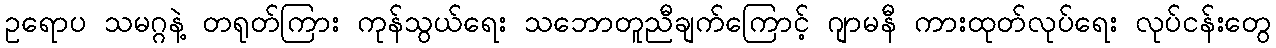
ဥရောပ သမဂ္ဂနဲ့ တရုတ်ကြား ကုန်သွယ်ရေး သဘောတူညီချက်ကြောင့် ဂျာမနီ ကားထုတ်လုပ်ရေး လုပ်ငန်းတွေ